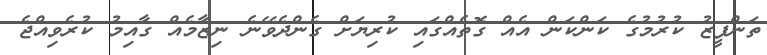
ތަންފީޒު ކުރުމުގެ ކަންކަން އެއް ގޮތެއްގައި ކުރިޔަށް ގެންދެވޭނެ ނިޒާމެއް ގާއިމު ކުރެވިއްޖެ